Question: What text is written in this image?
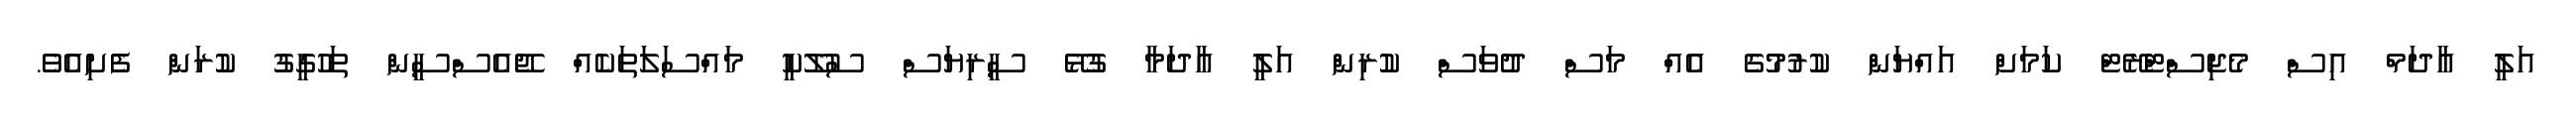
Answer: އަލީ އާދަމް އިސް މެޖިސްޓްރޭޓް ކަމަށް އައްޔަން ކުރުމުގެ އެއް މަސް ދުވަސް ކުރިން އަލީ އާދަމާ ގުޅޭ ސީރިޔަސް ސުލޫކީ މައްސަލަތަކެއް ޖޭއެސްސީން ތަހުގީގު ކުރަން ފެށިއެވެ.